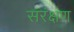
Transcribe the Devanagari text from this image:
संरंक्षण